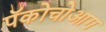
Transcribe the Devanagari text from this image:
पॅकोचोआग